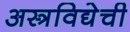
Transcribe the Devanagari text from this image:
अस्त्रविद्येची